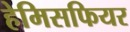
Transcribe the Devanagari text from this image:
हेमिसफियर